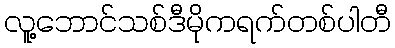
လူ့ဘောင်သစ်ဒီမိုကရက်တစ်ပါတီ